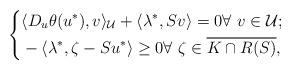
LaTeX: \begin{align*}\left\{\begin{aligned}& \langle D_u\theta(u^*), v\rangle_\mathcal{U} + \langle \lambda^{*}, Sv\rangle = 0\forall\ v\in \mathcal{U};\\& - \langle\lambda^{*} ,\zeta - Su^*\rangle\geq 0\forall\ \zeta\in \overline{K\cap R(S)},\\\end{aligned}\right.\end{align*}